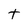
Character: t